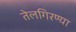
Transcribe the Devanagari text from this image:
तेलगिरण्या